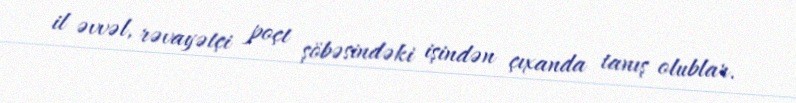
il əvvəl, rəvayətçi poçt şöbəsindəki işindən çıxanda tanış olublar.